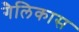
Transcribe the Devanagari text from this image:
गैलिकास